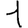
Digit: 1